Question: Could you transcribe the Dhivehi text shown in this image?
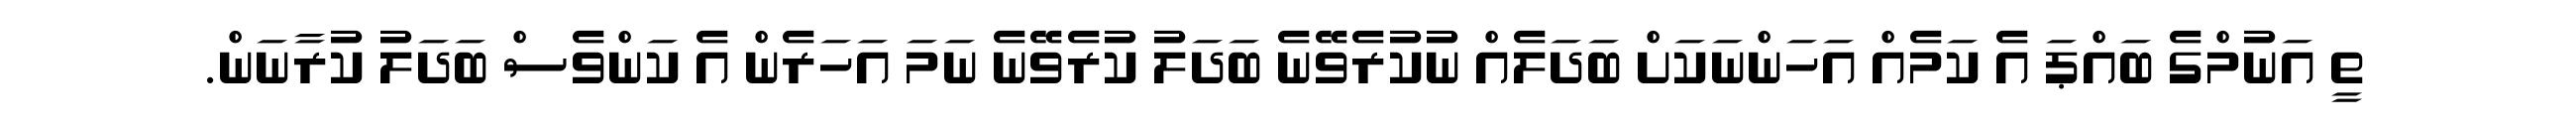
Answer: ތީ އަނުމްގެ ބައްޕަ އެ ކަމެއް އަހަންނަކަށް ބަދަލެއް ނުކުރެވޭނެ ބަދަލު ކުރެވޭނެ ނަމަ އަހަރެން އެ ކަންވެސް ބަދަލު ކުރާނަން.